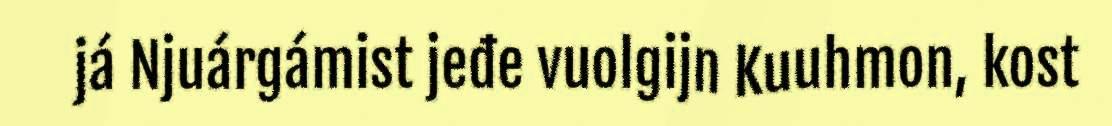
já Njuárgámist jeđe vuolgijn Kuuhmon, kost